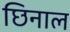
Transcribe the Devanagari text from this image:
छिनाल